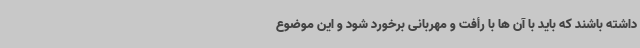
داشته باشند که باید با آن ها با رأفت و مهربانی برخورد شود و این موضوع